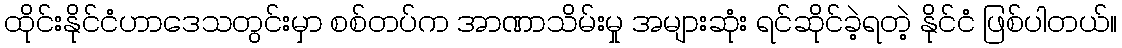
ထိုင်းနိုင်ငံဟာဒေသတွင်းမှာ စစ်တပ်က အာဏာသိမ်းမှု အများဆုံး ရင်ဆိုင်ခဲ့ရတဲ့ နိုင်ငံ ဖြစ်ပါတယ်။